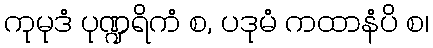
ကုမုဒံ ပုဏ္ဍရိကံ စ, ပဒုမံ ကထာနံပိ စ၊